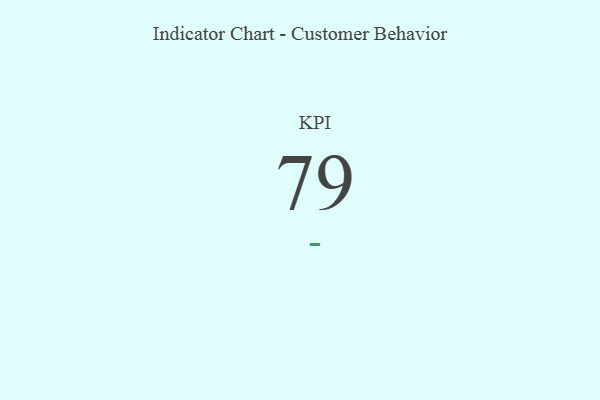
{"axis": {"x": "KPI", "y": "Value"}, "legend": [""], "data": [{"x": "KPI", "y": 79, "type": ""}]}